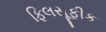
ફિલસૂફીક